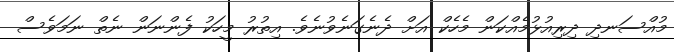
މުއްސަނދި ދިރިއުޅުމެއްކަން މެހެކް އަށް ދެނެގަނެވުނެވެ. އިތުރު މީހަކު ފެންނަން ނެތް ނަމަވެސް